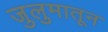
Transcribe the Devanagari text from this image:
जुलुमातून